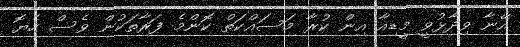
އޭނާ ވިދާޅުވީ މީޑިއާ އިން ކުރާ މަސައްކަތް ކޮންމެ ފަރާތަކުން ވެސް ހެޔޮ